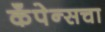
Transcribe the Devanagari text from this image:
कँपेन्सचा